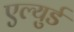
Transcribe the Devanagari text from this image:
एल्युर्ड